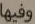
وفيها